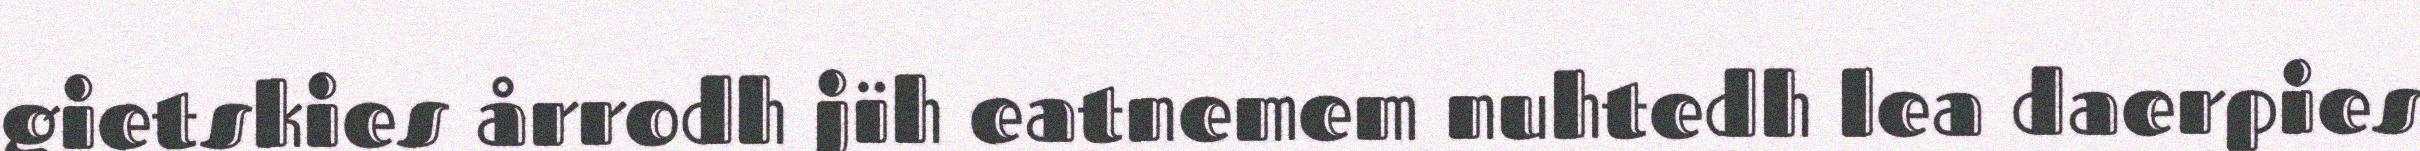
gietskies årrodh jïh eatnemem nuhtedh lea daerpies